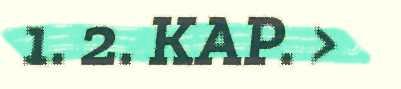
1. 2. KAP. >